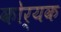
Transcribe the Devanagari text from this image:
कोर्यक